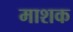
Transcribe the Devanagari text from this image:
माशक